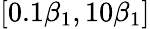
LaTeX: [0.1\beta_{1},10\beta_{1}]